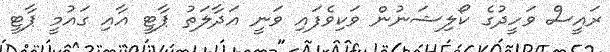
ރައީސް ވަހީދުގެ ކޯލިޝަނުން ވަކިވެފައި ވަނީ އަދާލަތު ޕާޓީ އާއި ގައުމީ ޕާޓީ